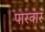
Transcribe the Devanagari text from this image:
पारवार